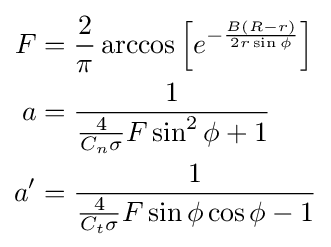
{\begin{aligned}F&={\frac {2}{\pi }}\arccos \left[e^{-{\frac {B(R-r)}{2r\sin \phi }}}\right]\\a&={\frac {1}{{\frac {4}{C_{n}\sigma }}F\sin ^{2}\phi +1}}\\a'&={\frac {1}{{\frac {4}{C_{t}\sigma }}F\sin \phi \cos \phi -1}}\end{aligned}}